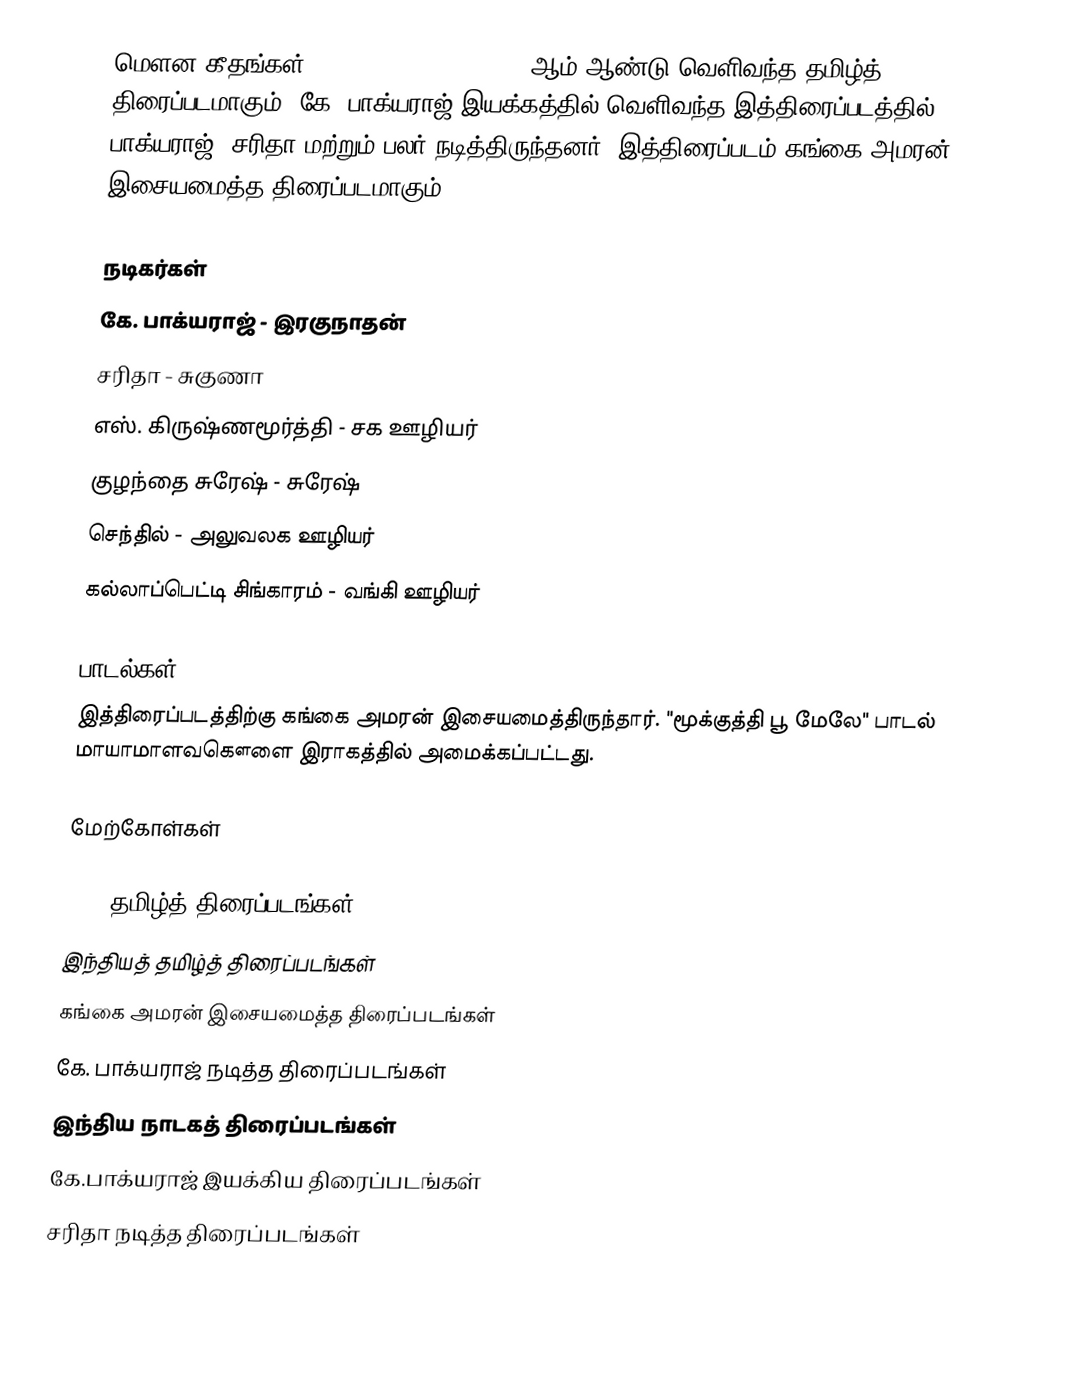
மௌன கீதங்கள் (Mouna Geethangal) 1981 ஆம் ஆண்டு வெளிவந்த தமிழ்த் திரைப்படமாகும். கே. பாக்யராஜ் இயக்கத்தில் வெளிவந்த இத்திரைப்படத்தில் பாக்யராஜ், சரிதா மற்றும் பலர் நடித்திருந்தனர். இத்திரைப்படம் கங்கை அமரன் இசையமைத்த திரைப்படமாகும்.

நடிகர்கள்
 கே. பாக்யராஜ் - இரகுநாதன்
 சரிதா - சுகுணா
 எஸ். கிருஷ்ணமூர்த்தி - சக ஊழியர்
 குழந்தை சுரேஷ் - சுரேஷ் 
 செந்தில் - அலுவலக ஊழியர்
 கல்லாப்பெட்டி சிங்காரம் - வங்கி ஊழியர்

பாடல்கள்
இத்திரைப்படத்திற்கு கங்கை அமரன் இசையமைத்திருந்தார். "மூக்குத்தி பூ மேலே" பாடல் மாயாமாளவகௌளை இராகத்தில் அமைக்கப்பட்டது.

மேற்கோள்கள்

1981 தமிழ்த் திரைப்படங்கள்
இந்தியத் தமிழ்த் திரைப்படங்கள்
கங்கை அமரன் இசையமைத்த திரைப்படங்கள்
கே. பாக்யராஜ் நடித்த திரைப்படங்கள்
இந்திய நாடகத் திரைப்படங்கள்
கே.பாக்யராஜ் இயக்கிய திரைப்படங்கள்
சரிதா நடித்த திரைப்படங்கள்